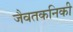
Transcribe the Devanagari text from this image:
जैवतकनिकी